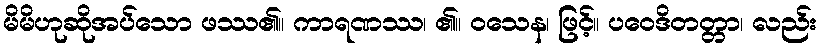
မိမိဟုဆိုအပ်သော ဖဿ၏။ ကာရဏဿ၊ ၏။ ဝသေန၊ ဖြင့်။ ပဝေဒိတတ္တာ၊ လည်း